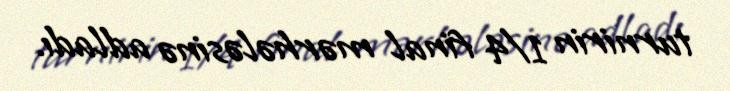
turnirin 1/4 final mərhələsinə adladı.